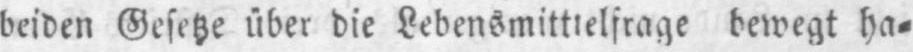
bewegt ha⸗